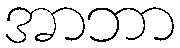
အာဘာ